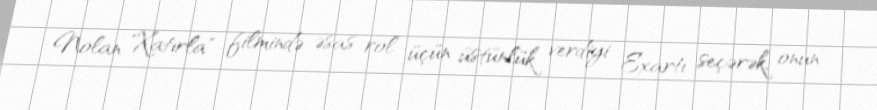
Nolan "Xatırla" filmində əsas rol üçün üstünlük verdiyi Exartı seçərək, onun